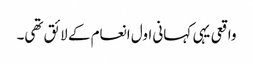
واقعی یہی کہانی اول انعام کے لائق تھی۔